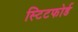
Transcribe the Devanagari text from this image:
स्टिटफोर्ड